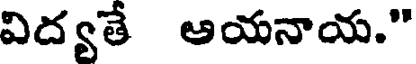
విద్యతే ఆయనాయ."